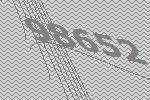
98652